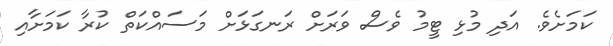
ކަމަށެވެ. އަދި މުޅި ޓީމު ވެސް ވަރަށް ރަނގަޅަށް މަސައްކަތް ކުރާ ކަމަށާއި